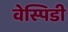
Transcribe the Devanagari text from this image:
वेस्पिडी